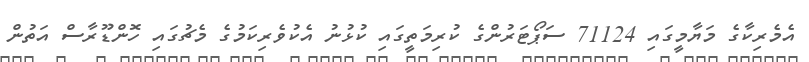
އެމެރިކާގެ މަޔާމީގައި 71124 ސަޕޯޓަރުންގެ ކުރިމަތީގައި ކުޅުނު އެކުވެރިކަމުގެ މެޗުގައި ހޮންޑޫރާސް އަތުން